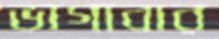
ভাগাবার